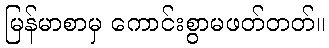
မြန်မာစာမှ ကောင်းစွာမဖတ်တတ်။